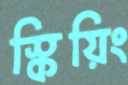
স্কিয়িং